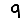
Digit: 9